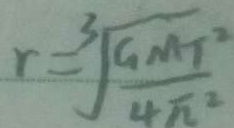
r = \sqrt [ 3 ] { \frac { G M T ^ { 2 } } { 4 \pi ^ { 2 } } }